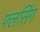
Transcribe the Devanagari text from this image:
फ्लसिंग